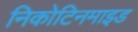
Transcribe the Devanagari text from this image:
निकोटिनमाइड